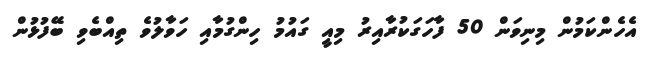
އެހެންކަމުން މިނިވަން 50 ފާހަގަކުރާއިރު މިއީ ގައުމު ހިންގުމާއި ހަވާލުވެ ތިއްބެވި ބޭފުޅުން